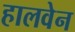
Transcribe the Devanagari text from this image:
हालवेन